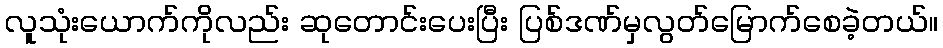
လူသုံးယောက်ကိုလည်း ဆုတောင်းပေးပြီး ပြစ်ဒဏ်မှလွတ်မြောက်စေခဲ့တယ်။